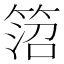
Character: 䈃